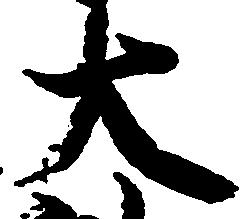
大